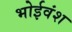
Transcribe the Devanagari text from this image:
भोईवंश